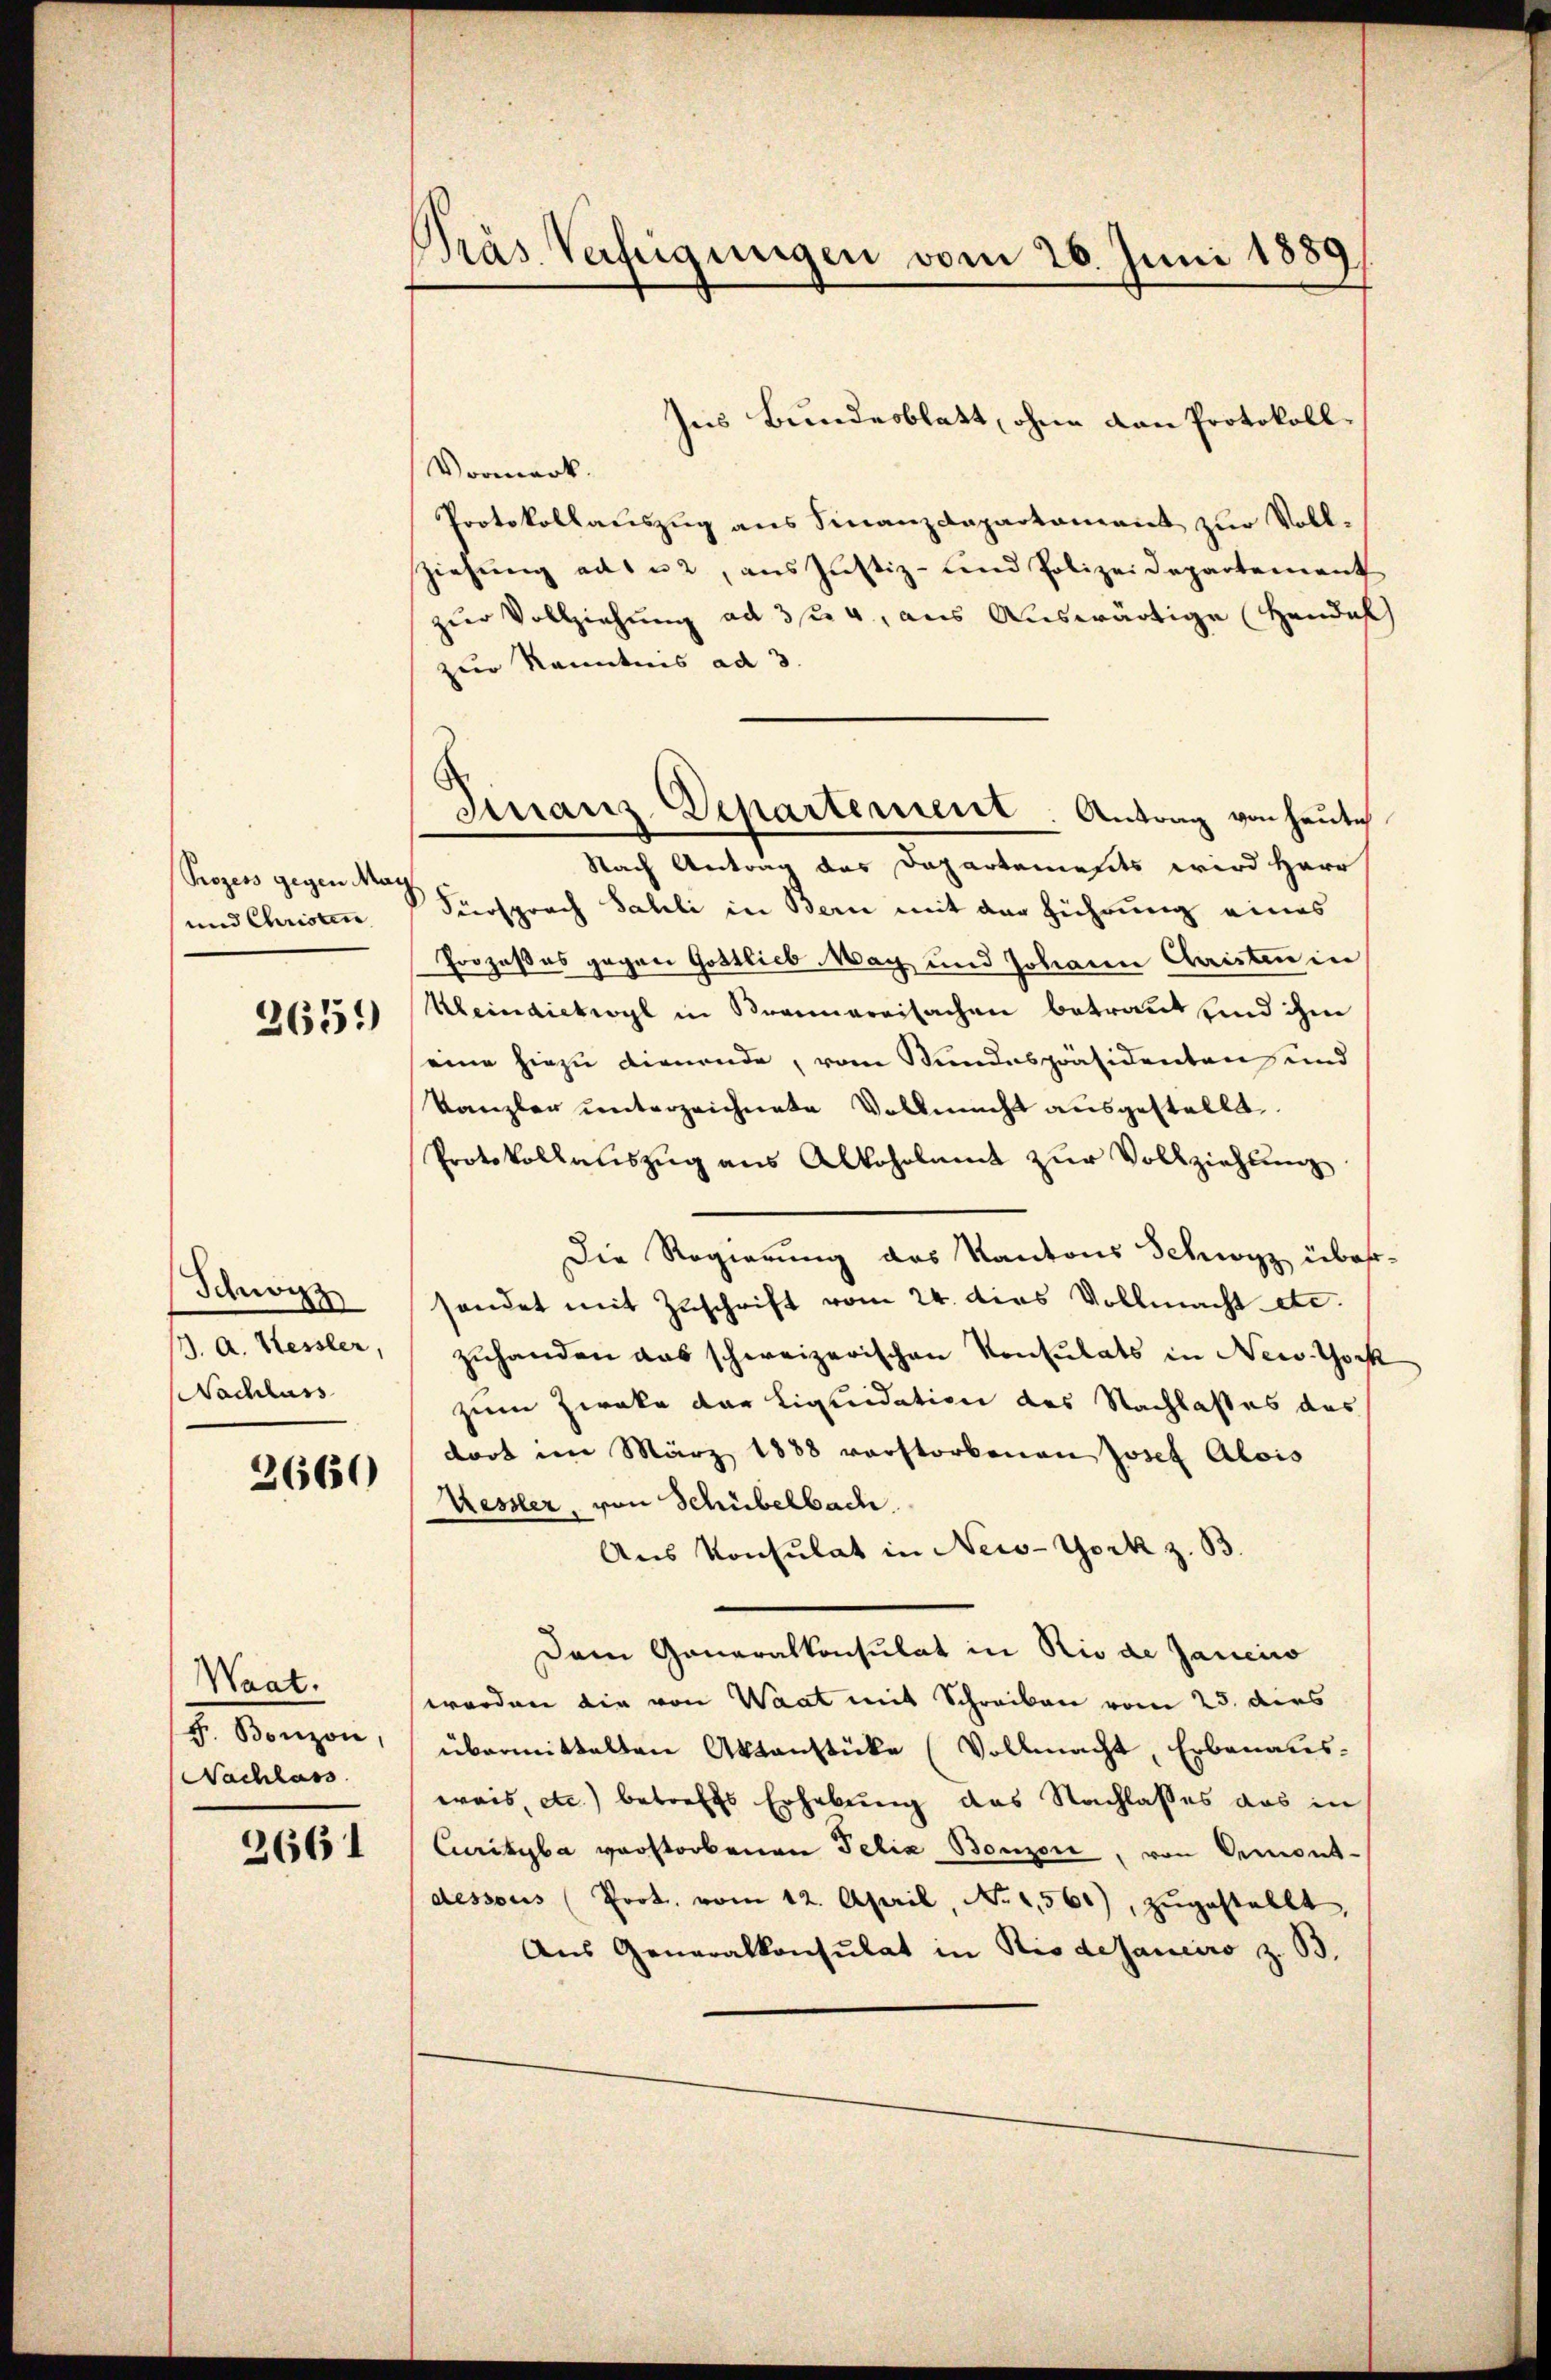
Prozess gegen May
und Christen

2651)

Schnor
J. A. Kessler,
Nachlass

2660

Waat.
F. Bonzon,
Nachlass

2661

Pras Verfügungen vom 26. Juni 1889

Finanz-Departement. Antrag von heute

Ins Bundesblatt, ohne dan Protokoll¬
Vormerk.
Protokollauszug aus Finanzdepartament zur Vollziehung aus u. 2, aus Justiz- und Polizeidepartement
zur Vollziehung ad 3/4 aus Auswärtige Handel
zur Kenntnis ad 3.
Nach Antrag des Dapartements wird Herr
Siersprach Sahli in Bern mit der Führung eines
Prozeßes gegen Gottlieb May und Johann Christen in
Keindickerl in Brennereisachen betraut und ihne
eine hiezu dienende, vom Bundespräsidenten und
Kanzler unterzeichnete Vollmacht ausgestellt.
Protokollauszug aus Alkoholamt zur Vollziehung
Die Regierung des Kantons Schwyz über-
sendet mit Zuschrift vom 24. dies Vollmacht etc.
zuhanden das schweizerischen Konsulats in New-York
zum Zwecke der Liquidation des Nachlasses das
dort im März 1888 verstorbenen Josef Alois
Kessler, von Schübelbach.
Aus Konsulat in New-York z. B.
Dem Ganaralkonsulat in Rio de Jaucico
worden die von Waat mit Schreiben vom 25. dies
übermittelten Aktenstücke (Vollmacht, Erbenaus-
weis, etc.) betreffs Erhebung des Nachlasses das in
Curityba verstorbenen Felix Bonzon, von Demont-
dessous (Prot vom 12. April, No 1566), zŭgestellt,
Aus Generalkonsulat in Rio desaneiro z. B.